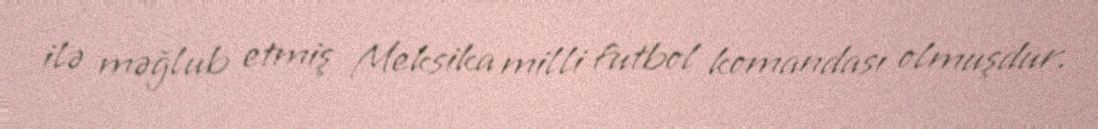
ilə məğlub etmiş Meksika milli futbol komandası olmuşdur.